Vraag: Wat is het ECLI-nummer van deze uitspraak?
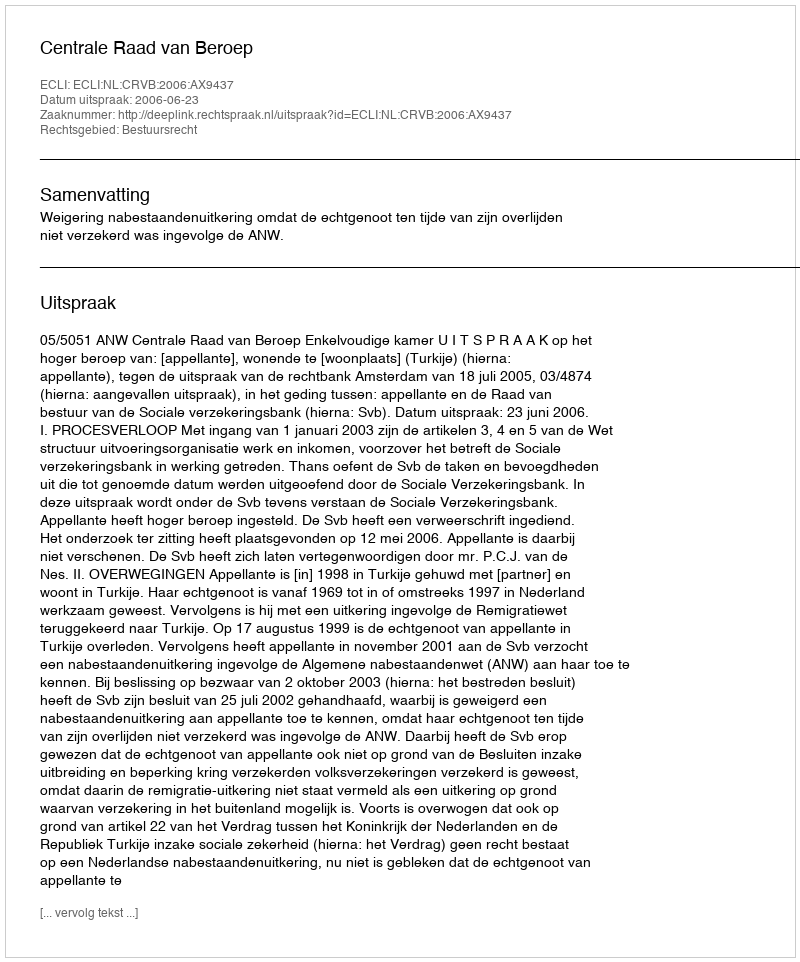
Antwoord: ECLI:NL:CRVB:2006:AX9437